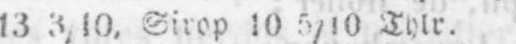
13 3/10, Sirop 10 5/10 Thlr.